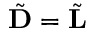
\tilde { \bf D } = \tilde { \bf L }